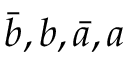
{ \bar { b } } , b , { \bar { a } } , a